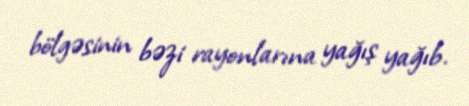
bölgəsinin bəzi rayonlarına yağış yağıb.